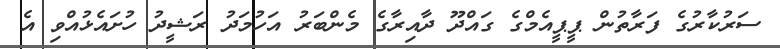
ސަރުކާރުގެ ފަރާތުން ޕީޕީއެމްގެ ގައްދޫ ދާއިރާގެ މެންބަރު އަހުމަދު ރަޝީދު ހުށައެޅުއްވި އެ